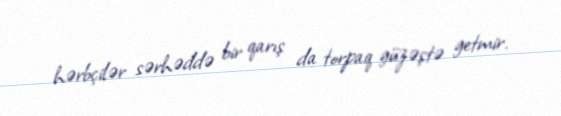
hərbçilər sərhəddə bir qarış da torpaq güzəştə getmir.